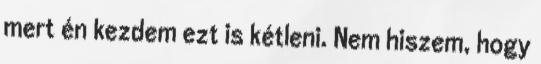
mert én kezdem ezt is kétleni. Nem hiszem, hogy